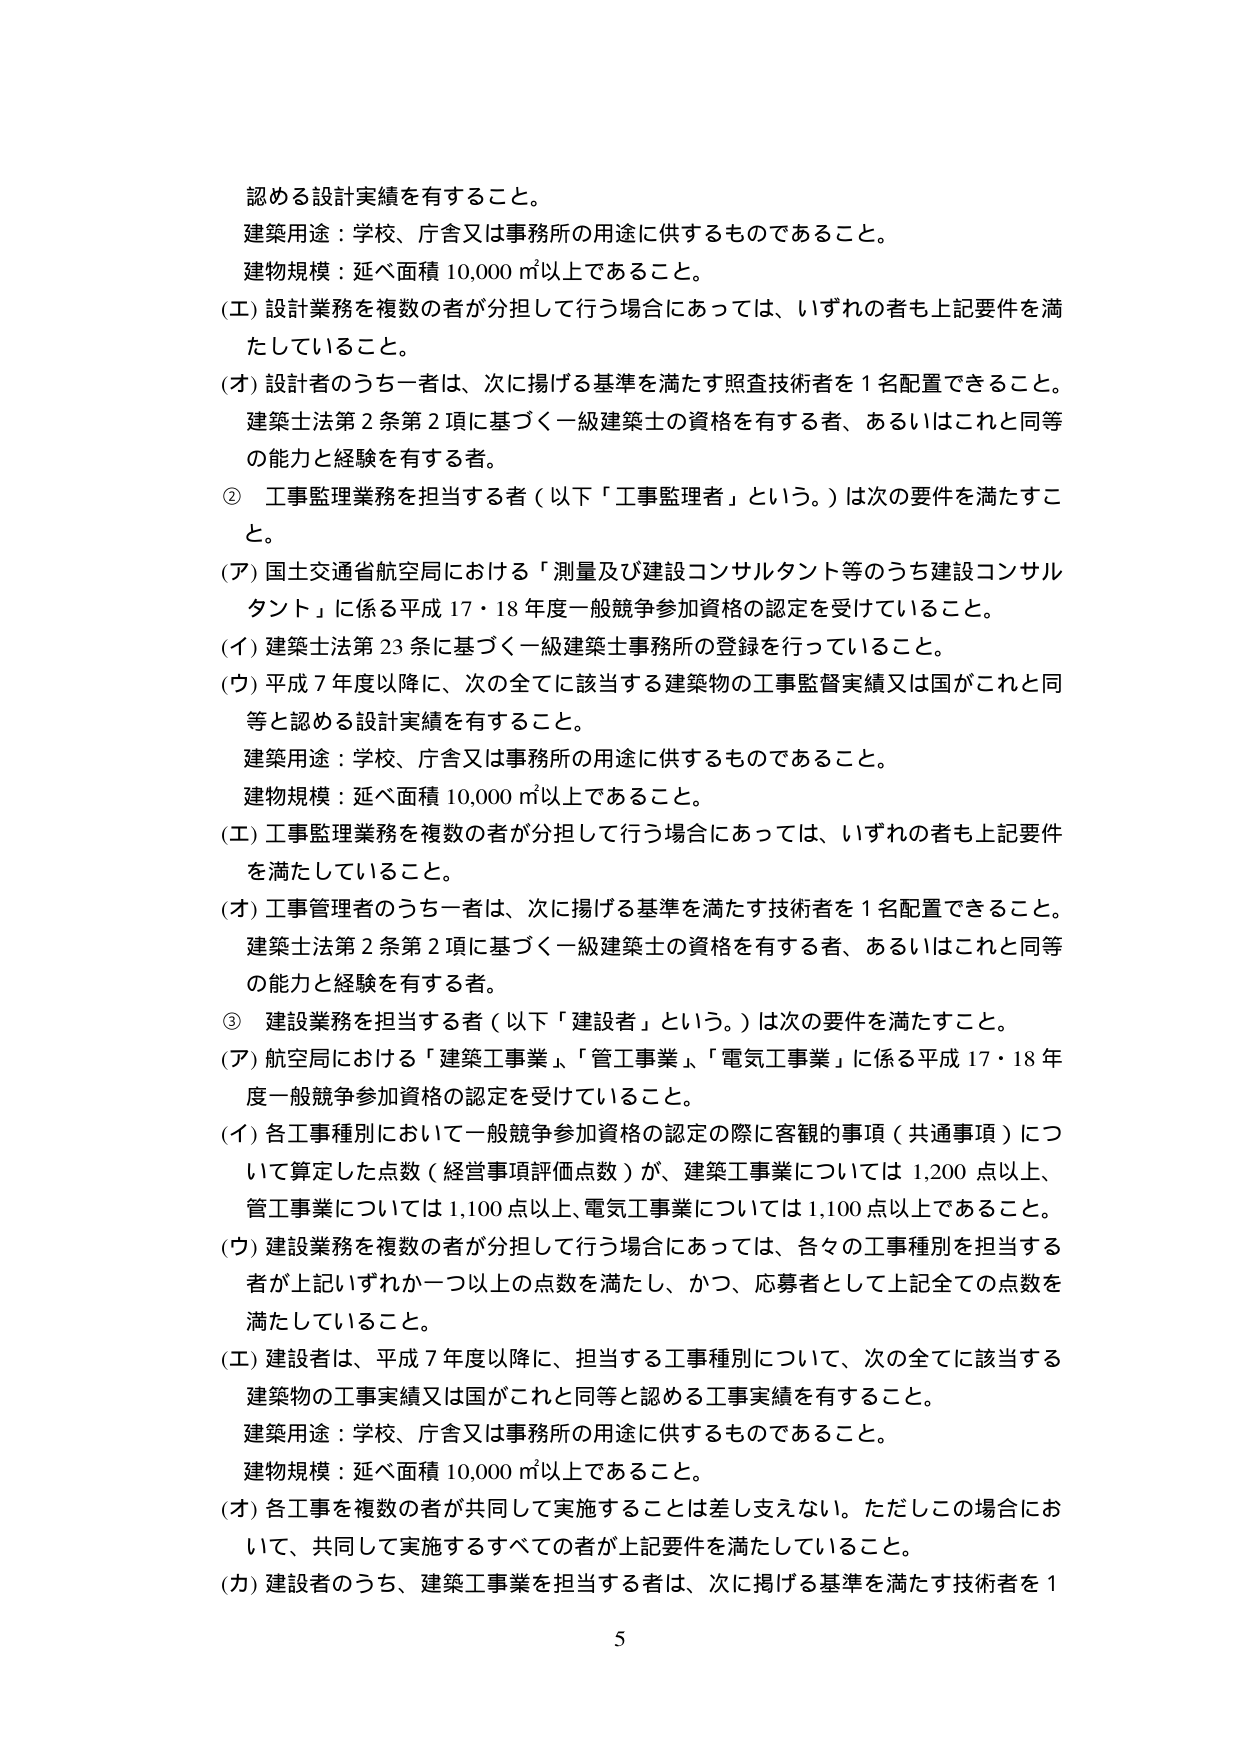
認める設計実績を有すること。
建築用途：学校、庁舎又は事務所の用途に供するものであること。
建物規模：延べ面積 10,000 ㎡以上であること。
(エ) 設計業務を複数の者が分担して行う場合にあっては、いずれの者も上記要件を満たしていること。
(オ) 設計者のうち一者は、次に掲げる基準を満たす照査技術者を1名配置できること。
建築士法第2条第2項に基づく一級建築士の資格を有する者、あるいはこれと同等の能力と経験を有する者。
② 工事監理業務を担当する者（以下「工事監理者」という。）は次の要件を満たすこと。
(ア) 国土交通省航空局における「測量及び建設コンサルタント等のうち建設コンサルタント」に係る平成17・18年度一般競争参加資格の認定を受けていること。
(イ) 建築士法第23条に基づく一級建築士事務所の登録を行っていること。
(ウ) 平成7年度以降に、次の全てに該当する建築物の工事監督実績又は国がこれと同等と認める設計実績を有すること。
建築用途：学校、庁舎又は事務所の用途に供するものであること。
建物規模：延べ面積 10,000 ㎡以上であること。
(エ) 工事監理業務を複数の者が分担して行う場合にあっては、いずれの者も上記要件を満たしていること。
(オ) 工事管理者のうち一者は、次に掲げる基準を満たす技術者を1名配置できること。
建築士法第2条第2項に基づく一級建築士の資格を有する者、あるいはこれと同等の能力と経験を有する者。
③ 建設業務を担当する者（以下「建設者」という。）は次の要件を満たすこと。
(ア) 航空局における「建築工事業」、「管工事業」、「電気工事業」に係る平成17・18年度一般競争参加資格の認定を受けていること。
(イ) 各工事種別において一般競争参加資格の認定の際に客観的事項（共通事項）について算定した点数（経営事項評価点数）が、建築工事業については1,200点以上、管工事業については1,100点以上、電気工事業については1,100点以上であること。
(ウ) 建設業務を複数の者が分担して行う場合にあっては、各々の工事種別を担当する者が上記いずれか一つ以上の点数を満たし、かつ、応募者として上記全ての点数を満たしていること。
(エ) 建設者は、平成7年度以降に、担当する工事種別について、次の全てに該当する建築物の工事実績又は国がこれと同等と認める工事実績を有すること。
建築用途：学校、庁舎又は事務所の用途に供するものであること。
建物規模：延べ面積 10,000 ㎡以上であること。
(オ) 各工事を複数の者が共同して実施することは差し支えない。ただしこの場合において、共同して実施するすべての者が上記要件を満たしていること。
(カ) 建設者のうち、建築工事業を担当する者は、次に掲げる基準を満たす技術者を1
5